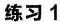
练习1